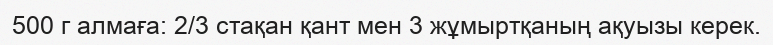
500 г алмаға: 2/3 стақан қант мен 3 жұмыртқаның ақуызы керек.